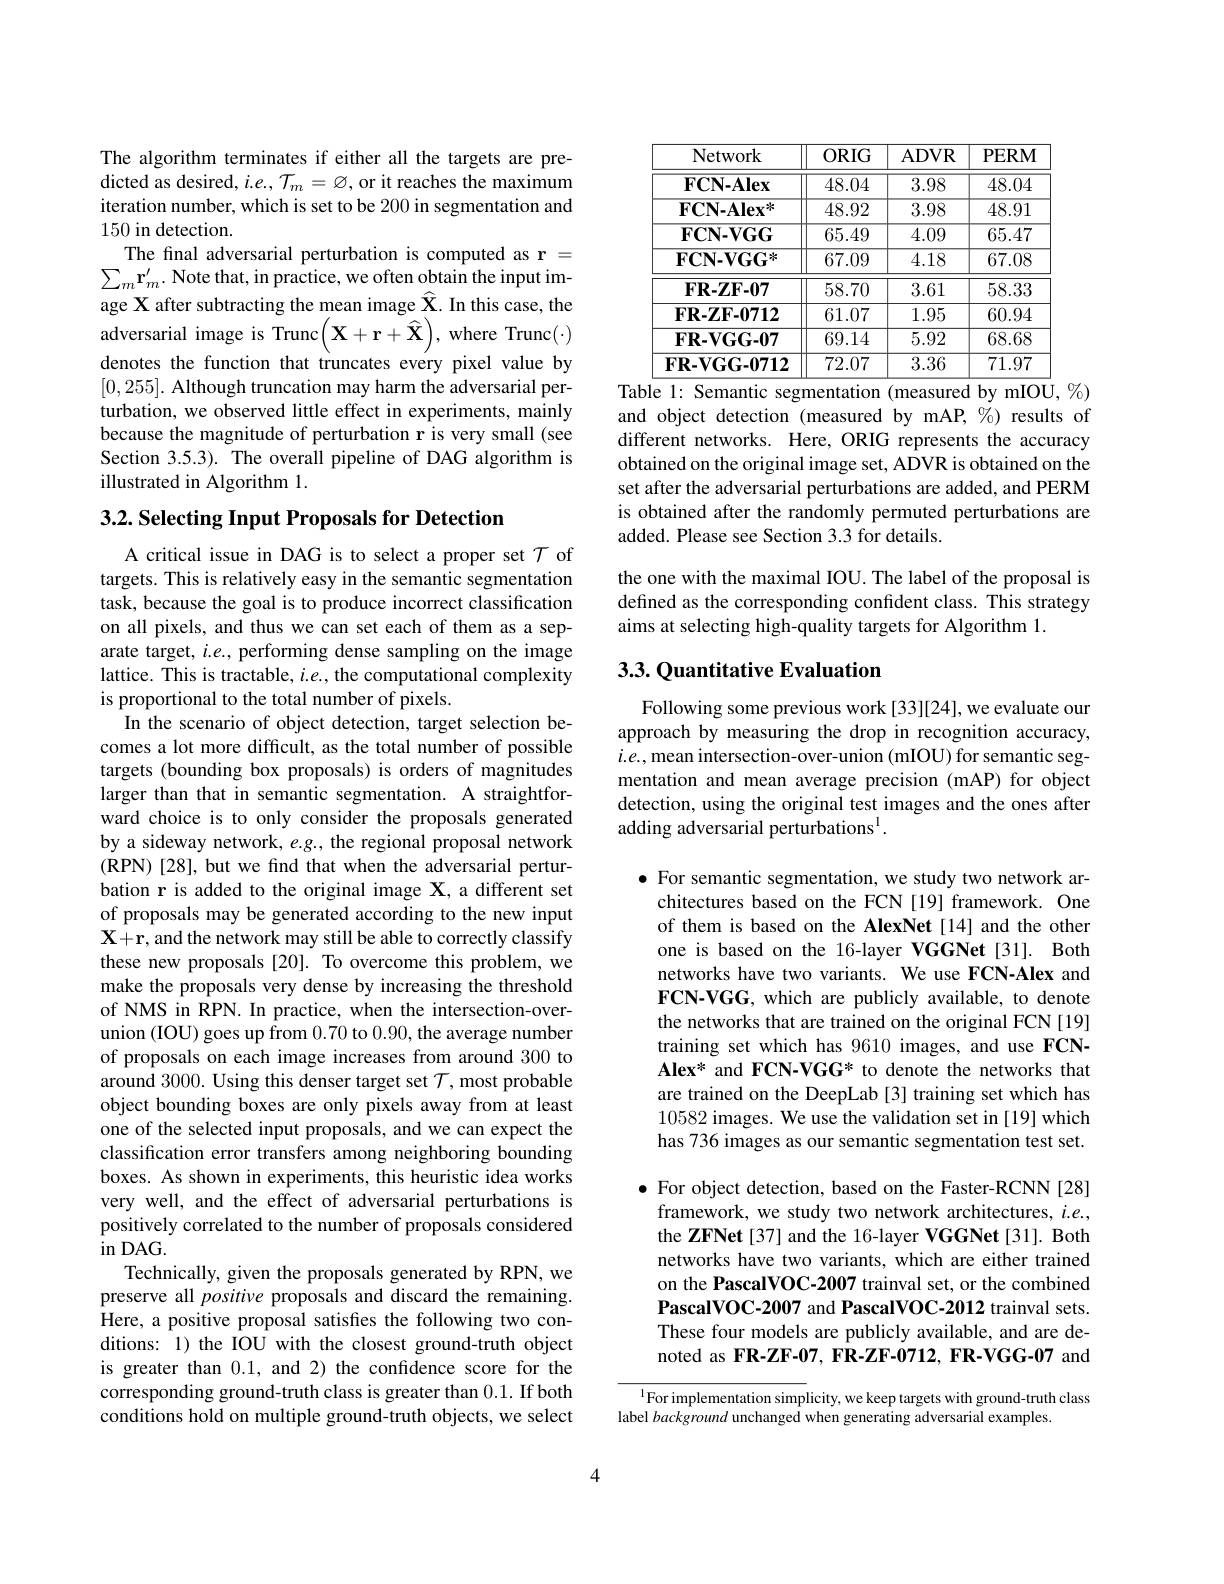
The algorithm terminates if either all the targets are predicted as desired, $i.e.,\mathcal{T}_m=\varnothing$, or it reaches the maximum iteration number, which is set to be 200 in segmentation and 150 in detection.
The final adversarial perturbation is computed as r = $\sum_{m}\mathbf{r}_{m}^{\prime}.$ Note that, in practice, we often obtain the input image X after subtracting the mean image $\widehat{\mathbf{X}}.$ In this case, the adversarial image is Trunc$\left(\mathbf{X}+\mathbf{r}+\widehat{\mathbf{X}}\right)$,where Trunc$(\cdot)$ denotes the function that truncates every pixel value by [0,255]. Although truncation may harm the adversarial perturbation, we observed little effect in experiments, mainly because the magnitude of perturbation r is very small (see Section 3.5.3). The overall pipeline of DAG algorithm is illustrated in Algorithm 1.

3.2. Selecting Input Proposals for Detection

A critical issue in DAG is to select a proper set $\mathcal{T}$ of targets. This is relatively easy in the semantic segmentation task, because the goal is to produce incorrect classification on all pixels, and thus we can set each of them as a separate target, $i.e.$, performing dense sampling on the image lattice. This is tractable, $i.e.$, the computational complexity is proportional to the total number of pixels.
In the scenario of object detection, target selection becomes a lot more difficult, as the total number of possible targets (bounding box proposals) is orders of magnitudes larger than that in semantic segmentation. A straightforward choice is to only consider the proposals generated by a sideway network, e.g., the regional proposal network (RPN)[28], but we find that when the adversarial perturbation r is added to the original image $\mathbf{X}$, a different set of proposals may be generated according to the new input $\mathbf{X+r,~and~the~network~may~still~be~able~to~correctly~classify}$ these new proposals[20]. To overcome this problem, we make the proposals very dense by increasing the threshold of NMS in RPN. In practice, when the intersection-overunion (IOU) goes up from 0.70 to 0.90,the average number of proposals on each image increases from around 300 to around 3000. Using this denser target set $\mathcal{T}$,most probable object bounding boxes are only pixels away from at least one of the selected input proposals, and we can expect the classification error transfers among neighboring bounding boxes. As shown in experiments, this heuristic idea works very well, and the effect of adversarial perturbations is positively correlated to the number of proposals considered $\operatorname{in}$DAG.
Technically, given the proposals generated by RPN, we preserve all positive proposals and discard the remaining. Here, a positive proposal satisfes the following two con- ditions: 1) the IOU with the closest ground-truth object is greater than 0.1, and 2) the confdence score for the corresponding ground-truth class is greater than 0.1. If both conditions hold on multiple ground-truth objects, we select

<table>
	<tbody>
		<tr>
			<th>Network</th>
			<th>$ORIG$</th>
			<th>ADVR</th>
			<th>PERM</th>
		</tr>
		<tr>
			<td>$\mathbf{FCN-Alex}$</td>
			<td>48.04</td>
			<td>3.98</td>
			<td>48.04</td>
		</tr>
		<tr>
			<td>$\mathbf{FCN-Alex}^{*}$</td>
			<td>48.92</td>
			<td>3.98</td>
			<td>48.91</td>
		</tr>
		<tr>
			<td>$\mathbf{FCN-VGG}$</td>
			<td>65.49</td>
			<td>4.09</td>
			<td>65.47</td>
		</tr>
		<tr>
			<td>$\mathbf{FCN-VGG}^{*}$</td>
			<td>67.09</td>
			<td>4.18</td>
			<td>67.08</td>
		</tr>
		<tr>
			<td>$\mathbf{FR-ZF-07}$</td>
			<td>58.70</td>
			<td>3.61</td>
			<td>58.33</td>
		</tr>
		<tr>
			<td>$FR-ZF-0712$</td>
			<td>61.07</td>
			<td>1.95</td>
			<td>60.94</td>
		</tr>
		<tr>
			<td>$FR-VGG-07$</td>
			<td>69.14</td>
			<td>5.92</td>
			<td>68.68</td>
		</tr>
		<tr>
			<td>$FR-VGG-0712$</td>
			<td>72.07</td>
			<td>3.36</td>
			<td>71.97</td>
		</tr>
	</tbody>
</table>
Table 1: Semantic segmentation (measured by mIOU, %)

and object detection (measured by mAP, %) results of different networks. Here, ORIG represents the accuracy obtained on the original image set, ADVR is obtained on the set after the adversarial perturbations are added, and PERM is obtained after the randomly permuted perturbations are added. Please see Section 3.3 for details.
the one with the maximal IOU. The label of the proposal is defined as the corresponding confident class. This strategy aims at selecting high-quality targets for Algorithm 1.

## 3.3. Quantitative Evaluation

Following some previous work [33][24], we evaluate our approach by measuring the drop in recognition accuracy, $i.e.$, mean intersection-over-union (mIOU) for semantic segmentation and mean average precision (mAP) for object detection, using the original test images and the ones after adding adversarial perturbations$^{1}.$

$\bullet$ For semantic segmentation, we study two network ar-
chitectures based on the FCN [19] framework. One of them is based on the AlexNet[14] and the other one is based on the 16-layer VGGNet[31]. Both networks have two variants. We use FCN-Alex and FCN-VGG, which are publicly available, to denote the networks that are trained on the original FCN[19] training set which has 9610 images, and use FCNAlex* and FCN-VGG* to denote the networks that are trained on the DeepLab [3] training set which has 10582 images. We use the validation set in [19] which has 736 images as our semantic segmentation test set.

$\bullet$ For object detection, based on the Faster-RCNN[28]
framework, we study two network architectures, $i.e.$, the ZFNet [37] and the 16-layer VGGNet [31]. Both networks have two variants, which are either trained on the PascalVOC-2007 trainval set, or the combined PascalVOC-2007 and PascalVOC-2012 trainval sets. These four models are publicly available, and are denoted as FR-ZF-07, FR-ZF-0712, FR-VGG-07 and

$^{1}$For implementation simplicity, we keep targets with ground-truth class
label background unchanged when generating adversarial examples.

4